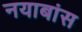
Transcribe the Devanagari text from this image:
नयाबांस